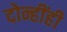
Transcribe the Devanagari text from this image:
दोन्हींही